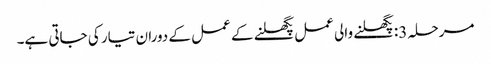
مرحلہ 3: پگھلنے والی عمل پگھلنے کے عمل کے دوران تیار کی جاتی ہے۔